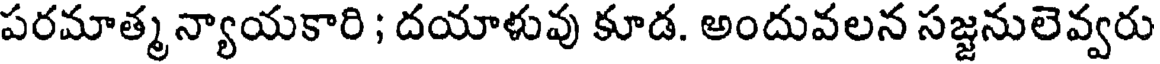
పరమాత్మ న్యాయకారి ; దయాళువు కూడ. అందువలన సజ్జనులెవ్వరు